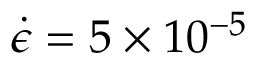
\dot { \epsilon } = 5 \times 1 0 ^ { - 5 }